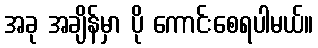
အခု အချိန်မှာ ပို ကောင်းစေရပါမယ်။